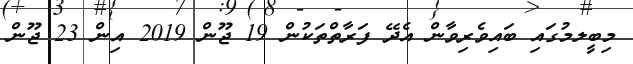
މިބީލމުގައި ބައިވެރިވާން އެދޭ ފަރާތްތަކުން 19 ޖޫން 2019 އިން 23 ޖޫން